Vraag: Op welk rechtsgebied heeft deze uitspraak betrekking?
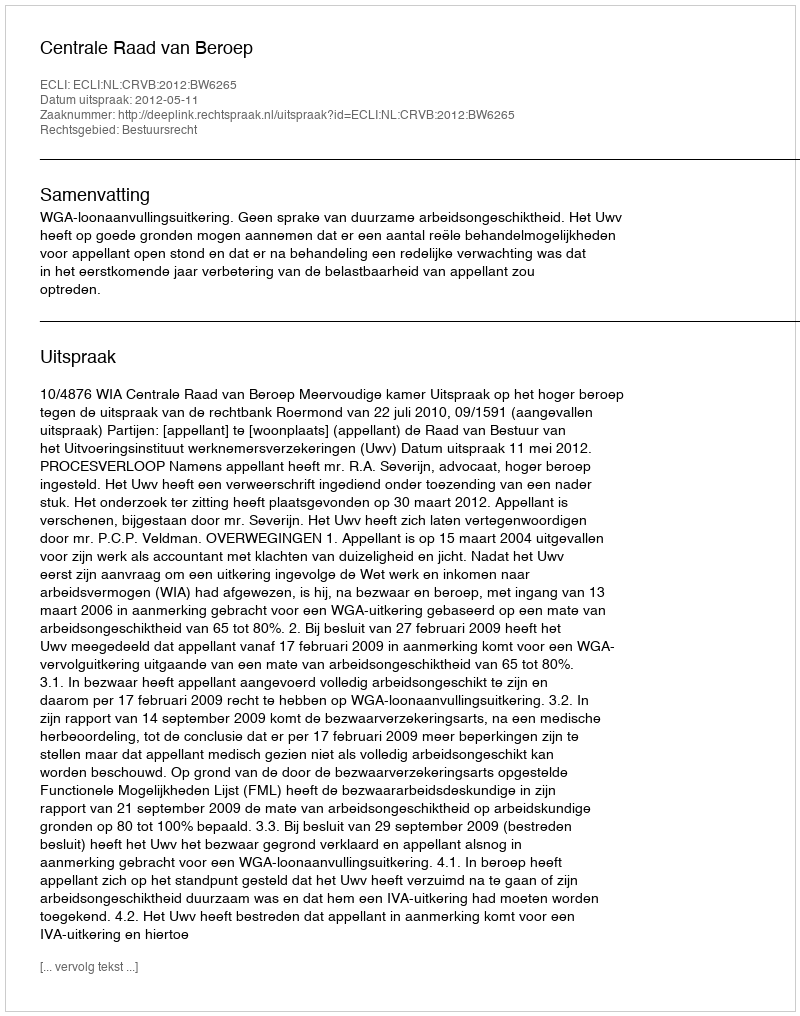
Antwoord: Bestuursrecht